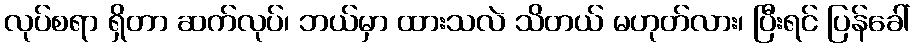
လုပ်စရာ ရှိတာ ဆက်လုပ်၊ ဘယ်မှာ ထားသလဲ သိတယ် မဟုတ်လား၊ ပြီးရင် ပြန်ခေါ်